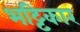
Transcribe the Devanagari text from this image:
भट्टिकार